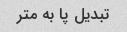
تبدیل پا به متر